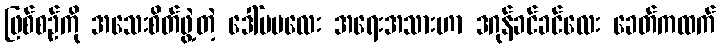
ဖြစ်စဉ်ကို အသေးစိတ်ဖွဲ့တဲ့ ဒေါ်မမလေး အရေးအသားဟာ ဒဂုန်ခင်ခင်လေး ခေတ်ကထက်